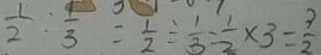
\frac { 1 } { 2 } : \frac { 4 } { 3 } = \frac { 1 } { 2 } \div \frac { 1 } { 3 } = \frac { 1 } { 2 } \times 3 = \frac { 3 } { 2 }